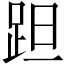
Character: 𨀏